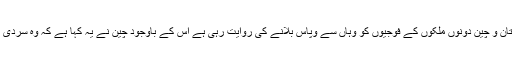
اگرچہ ڈوکلم میں شدید سرد موسم ہوتا ہے اور اس موسم میںہندوستان و چین دونوں ملکوں کے فوجیوں کو وہاں سے وپاس بلانے کی روایت رہی ہے اس کے باوجود چین نے یہ کہا ہے کہ وہ سردی کے دوران بھی ڈوکلم کے قریب اپنی فوج تعینات کیے رکھے گا۔